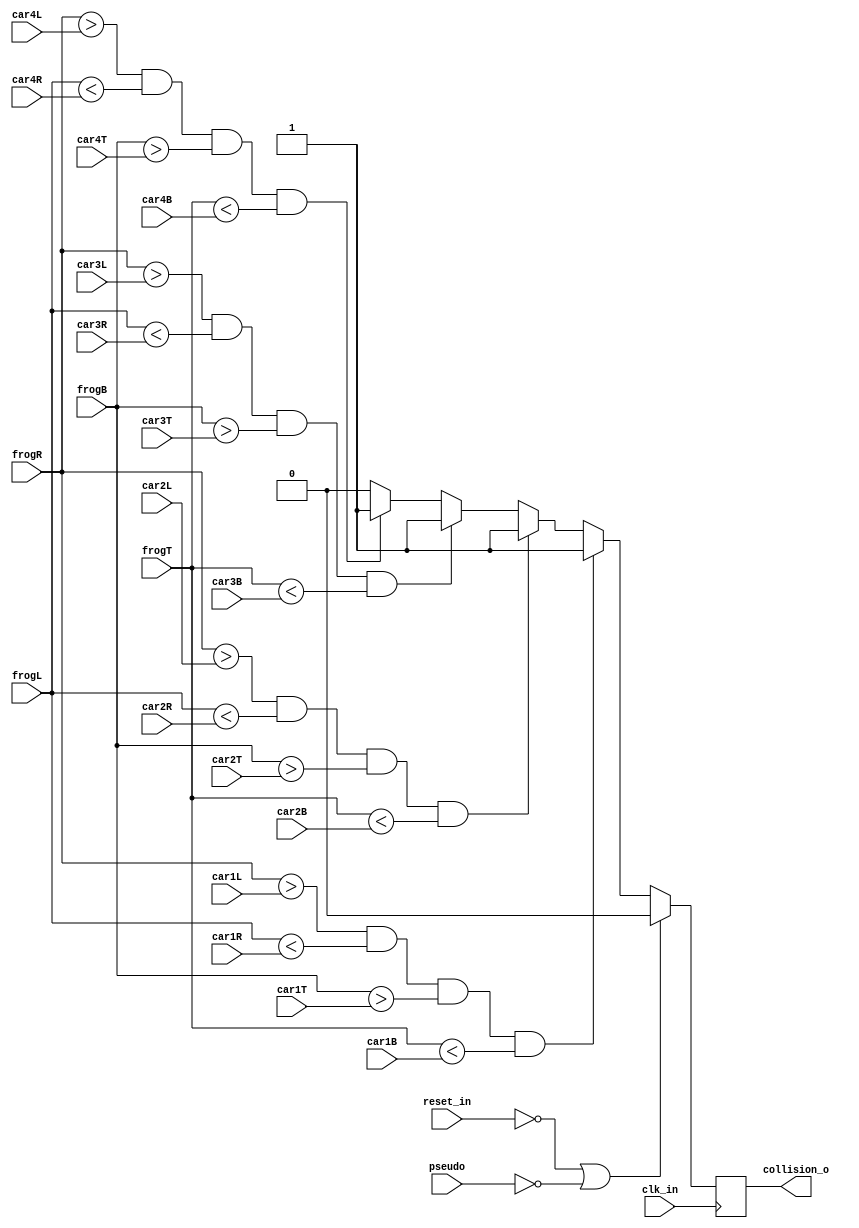
module collision(
    input wire clk_in, reset_in,
    input wire pseudo,
    input wire [9:0] frogL, frogR, 
    input wire [9:0] car1L, car1R, car2L, car2R, car3L, car3R, car4L, car4R,
    input wire [8:0] frogT, frogB, 
    input wire [8:0] car1T, car1B, car2T, car2B, car3T, car3B, car4T, car4B,
    output reg collision_o
);
    always @ (posedge clk_in) begin
        if ((reset_in == 1'b0) || (pseudo == 0)) begin
            collision_o <= 1'b0;
        end else begin
            if ((frogR > car1L) && (frogL < car1R) && (frogB > car1T) && (frogT < car1B)) begin
                collision_o <= 1'b1;
            end else if ((frogR > car2L) && (frogL < car2R) && (frogB > car2T) && (frogT < car2B)) begin
                collision_o <= 1'b1;
            end else if ((frogR > car3L) && (frogL < car3R) && (frogB > car3T) && (frogT < car3B)) begin
                collision_o <= 1'b1;
            end else if ((frogR > car4L) && (frogL < car4R) && (frogB > car4T) && (frogT < car4B)) begin
                collision_o <= 1'b1;
            end else begin
                collision_o <= 1'b0;
                
            end
        end
     end
     //Jessica's logic
     //((((frogL > car4L) && (frogL < car4R)) || ((frogR > car4L) && (frogR < car4R))) && (((frogT > car4T) && (frogT < car4B)) || ((frogB > car4T) && (frogB < car4B))))
endmodule